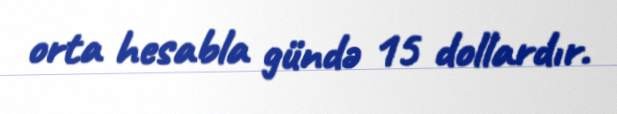
orta hesabla gündə 15 dollardır.